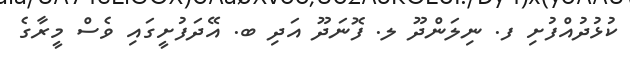
ކުޅުދުއްފުށި ފ. ނިލަންދޫ ލ. ފޮނަދޫ އަދި ބ. އޭދަފުށީގައި ވެސް މީރާގެ